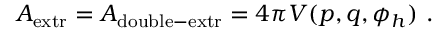
A _ { \mathrm { e x t r } } = A _ { \mathrm { d o u b l e - e x t r } } = 4 \pi V ( p , q , \phi _ { h } ) \ .